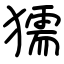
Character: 獳